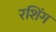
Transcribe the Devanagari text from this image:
रशिंग